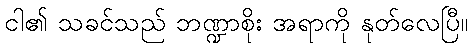
ငါ၏ သခင်သည် ဘဏ္ဍာစိုး အရာကို နုတ်လေပြီ။